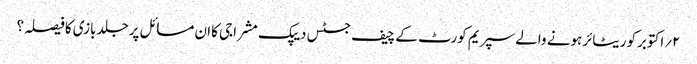
۲؍اکتوبرکوریٹائرہونے والے سپریم کورٹ کے چیف جسٹس دیپک مشراجی کاان مسائل پرجلدبازی کافیصلہ؟